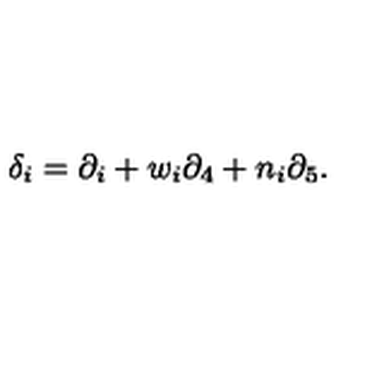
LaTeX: \delta _ { i } = \partial _ { i } + w _ { i } \partial _ { 4 } + n _ { i } \partial _ { 5 } .